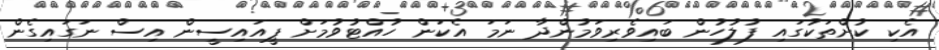
އެކި ކުށްތަކުގައި ފުލުހުން ބައިވެރިވަމުންދާ ނަމަ އެކަން ހުއްޓުވުމަށް ޕީއައިސީން އިސް ނަގައިގެން